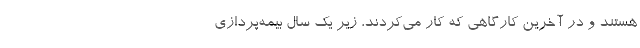
هستند و در آخرین کارگاهی که کار می‌کردند، زیر یک سال بیمه‌پردازی